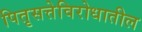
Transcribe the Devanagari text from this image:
पितृसत्तेविरोधातील